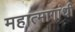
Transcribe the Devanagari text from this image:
महात्मागांधी